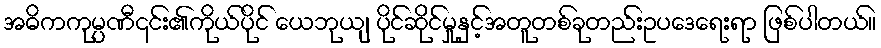
အဓိကကုမ္ပဏီ၎င်း၏ကိုယ်ပိုင် ယေဘုယျ ပိုင်ဆိုင်မှုနှင့်အတူတစ်ခုတည်းဥပဒေရေးရာ ဖြစ်ပါတယ်။